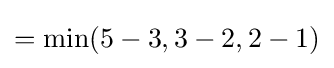
=\min(5-3,3-2,2-1)